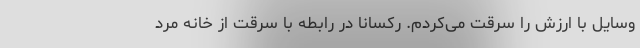
وسایل با ارزش را سرقت می‌کردم. رکسانا در رابطه با سرقت از خانه مرد